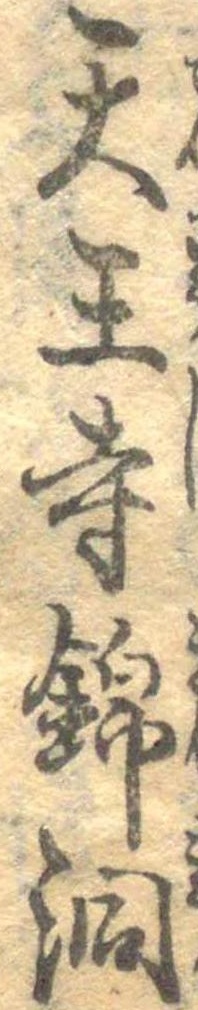
天王寺錦洞